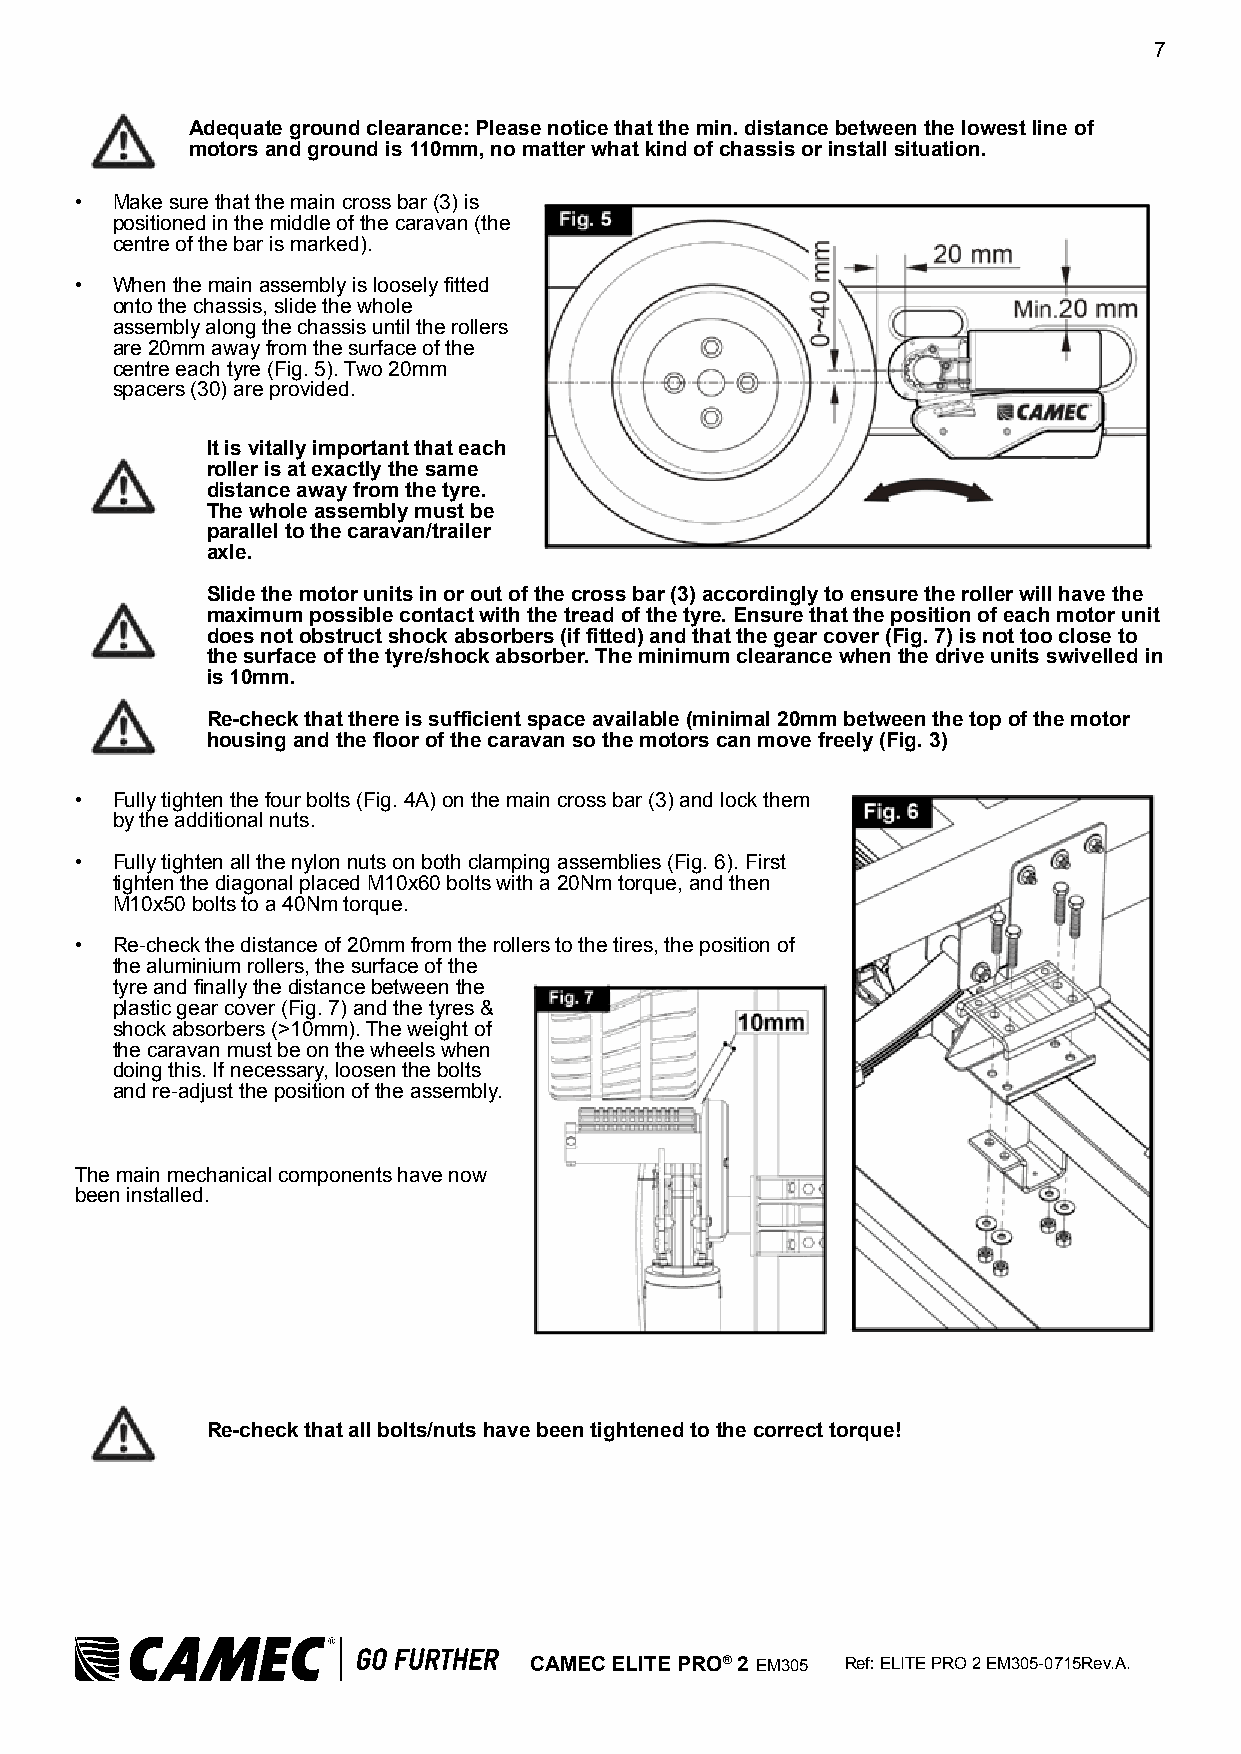
7
 Adequate ground clearance: Please notice that the min. distance between the lowest line of
 motors and ground is 110mm, no matter what kind of chassis or install situation.
 • Make sure that the main cross bar (3) is
 positioned in the middle of the caravan (the
 centre of the bar is marked).
 • When the main assembly is loosely fitted
 onto the chassis, slide the whole
 assembly along the chassis until the rollers
 are 20mm away from the surface of the
 centre each tyre (Fig. 5). Two 20mm
 spacers (30) are provided.
 It is vitally important that each
 roller is at exactly the same
 distance away from the tyre.
 The whole assembly must be
 parallel to the caravan/trailer
 axle.
 Slide the motor units in or out of the cross bar (3) accordingly to ensure the roller will have the
 maximum possible contact with the tread of the tyre. Ensure that the position of each motor unit
 does not obstruct shock absorbers (if fitted) and that the gear cover (Fig. 7) is not too close to
 the surface of the tyre/shock absorber. The minimum clearance when the drive units swivelled in
 is 10mm.
 Re-check that there is sufficient space available (minimal 20mm between the top of the motor
 housing and the floor of the caravan so the motors can move freely (Fig. 3)
 • Fully tighten the four bolts (Fig. 4A) on the main cross bar (3) and lock them
 by the additional nuts.
 • Fully tighten all the nylon nuts on both clamping assemblies (Fig. 6). First
 tighten the diagonal placed M10x60 bolts with a 20Nm torque, and then
 M10x50 bolts to a 40Nm torque.
 • Re-check the distance of 20mm from the rollers to the tires, the position of
 the aluminium rollers, the surface of the
 tyre and finally the distance between the
 plastic gear cover (Fig. 7) and the tyres &
 shock absorbers (>10mm). The weight of
 the caravan must be on the wheels when
 doing this. If necessary, loosen the bolts
 and re-adjust the position of the assembly.
 The main mechanical components have now
 been installed.
 Re-check that all bolts/nuts have been tightened to the correct torque!
 CAMEC ELITE PRO® 2 EM305 Ref: ELITE PRO 2 EM305-0715Rev.A.